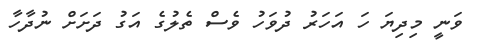
ވަނީ މިދިޔަ ހަ އަހަރު ދުވަހު ވެސް ތެލުގެ އަގު ދަށަށް ނުދާހާ